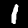
Digit: 1